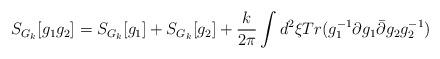
LaTeX: \begin{align*}S_{G_{k}}[g_{1}g_{2}]=S_{G_{k}}[g_{1}]+S_{G_{k}}[g_{2}]+\frac{k}{2\pi}\int d^2\xi Tr(g_{1}^{-1}\partial g_{1}\bar{\partial}g_{2}g_{2}^{-1})\end{align*}